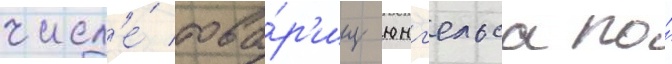
числ'е́ това́р'ищ юнг'ельса по́